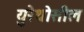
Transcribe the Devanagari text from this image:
युरेथ्रोसील